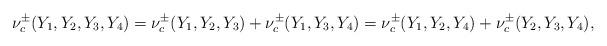
LaTeX: \begin{align*} \nu^{\pm}_c(Y_1,Y_2,Y_3,Y_4)=\nu^{\pm}_c(Y_1,Y_2,Y_3)+\nu^{\pm}_c(Y_1,Y_3,Y_4)=\nu^{\pm}_c(Y_1,Y_2,Y_4)+\nu^{\pm}_c(Y_2,Y_3,Y_4),\end{align*}